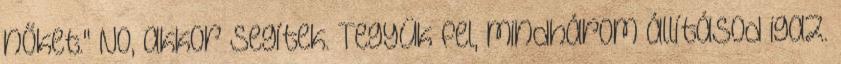
nőket." No, akkor segítek. Tegyük fel, mindhárom állításod igaz.